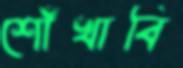
শোঁখাবি